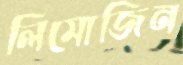
লিমোজিন